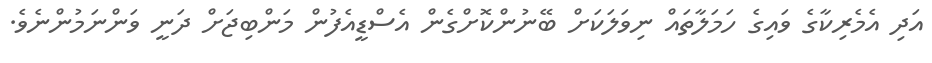
އަދި އެމެރިކާގެ ވައިގެ ހަމަލާތައް ނިވަލަކަށް ބޭނުންކޮށްގެން އެސްޑީއެފުން މަންބިޖަށް ދަނީ ވަންނަމުންނެވެ.